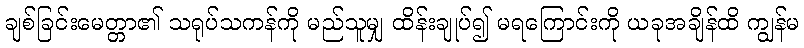
ချစ်ခြင်းမေတ္တာ၏ သရုပ်သကန်ကို မည်သူမျှ ထိန်းချုပ်၍ မရကြောင်းကို ယခုအချိန်ထိ ကျွန်မ